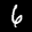
Label: 6